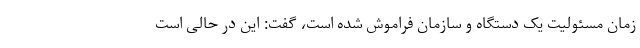
زمان مسئولیت یک دستگاه و سازمان فراموش شده است، گفت: این در حالی است